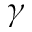
_ \gamma